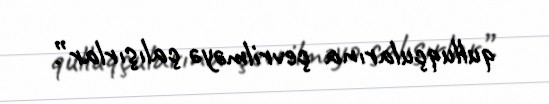
qulluqçularına çevrilməyə çalışırlar”.